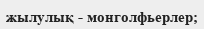
жылулық - монголфьерлер;